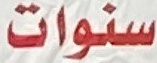
سنوات